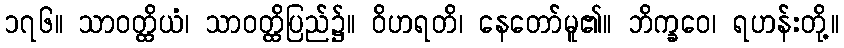
၁၇၆။ သာဝတ္ထိယံ၊ သာဝတ္ထိပြည်၌။ ဝိဟရတိ၊ နေတော်မူ၏။ ဘိက္ခဝေ၊ ရဟန်းတို့။